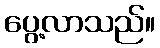
ပွေ့လာသည်။